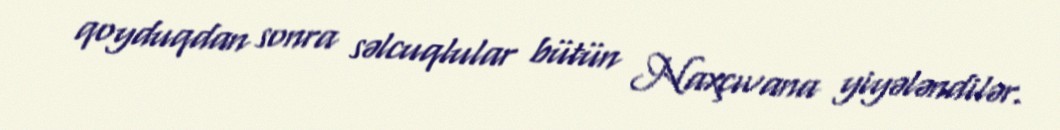
qoyduqdan sonra səlcuqlular bütün Naxçıvana yiyələndilər.